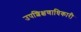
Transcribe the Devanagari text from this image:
उपशिक्षणाधिकारी